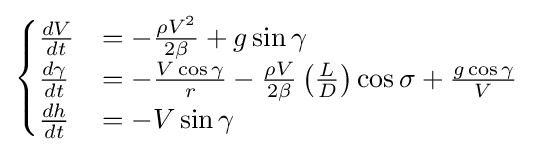
{\begin{cases}{\frac {dV}{dt}}&=-{\frac {\rho V^{2}}{2\beta }}+g\sin \gamma \\{\frac {d\gamma }{dt}}&=-{\frac {V\cos \gamma }{r}}-{\frac {\rho V}{2\beta }}\left({\frac {L}{D}}\right)\cos \sigma +{\frac {g\cos \gamma }{V}}\\{\frac {dh}{dt}}&=-V\sin \gamma \end{cases}}